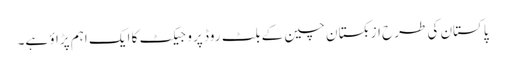
پاکستان کی طرح ازبکستان چین کے بلٹ روڈ پروجیکٹ کا ایک اہم پڑاؤ ہے۔